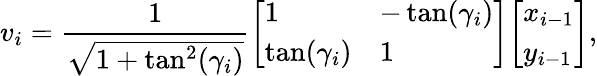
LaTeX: v_{i}={\frac{1}{\sqrt{1+\tan^{2}(\gamma_{i})}}}{\left[\begin{array}{ll}{1}&{-\tan(\gamma_{i})}\\ {\tan(\gamma_{i})}&{1}\end{array}\right]}{\left[\begin{array}{l}{x_{i-1}}\\ {y_{i-1}}\end{array}\right]},